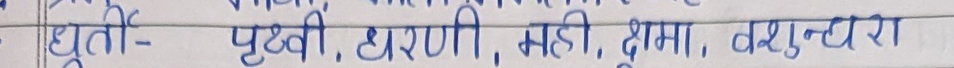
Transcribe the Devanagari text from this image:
युती - पृथ्वी, धरणी, मही, क्षमा, वसुन्धरा